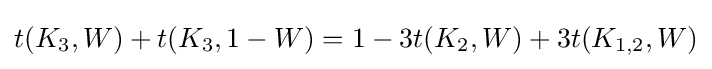
t(K_{3},W)+t(K_{3},1-W)=1-3t(K_{2},W)+3t(K_{1,2},W)